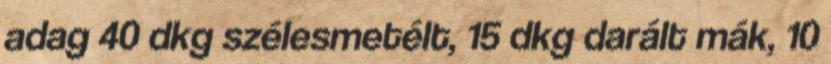
adag 40 dkg szélesmetélt, 15 dkg darált mák, 10